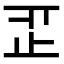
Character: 𣥒